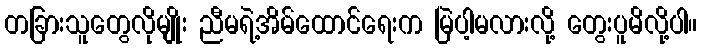
တခြားသူတွေလိုမျိုး ညီမရဲ့အိမ်ထောင်ရေးက မြဲပါ့မလားလို့ တွေးပူမိလို့ပါ။